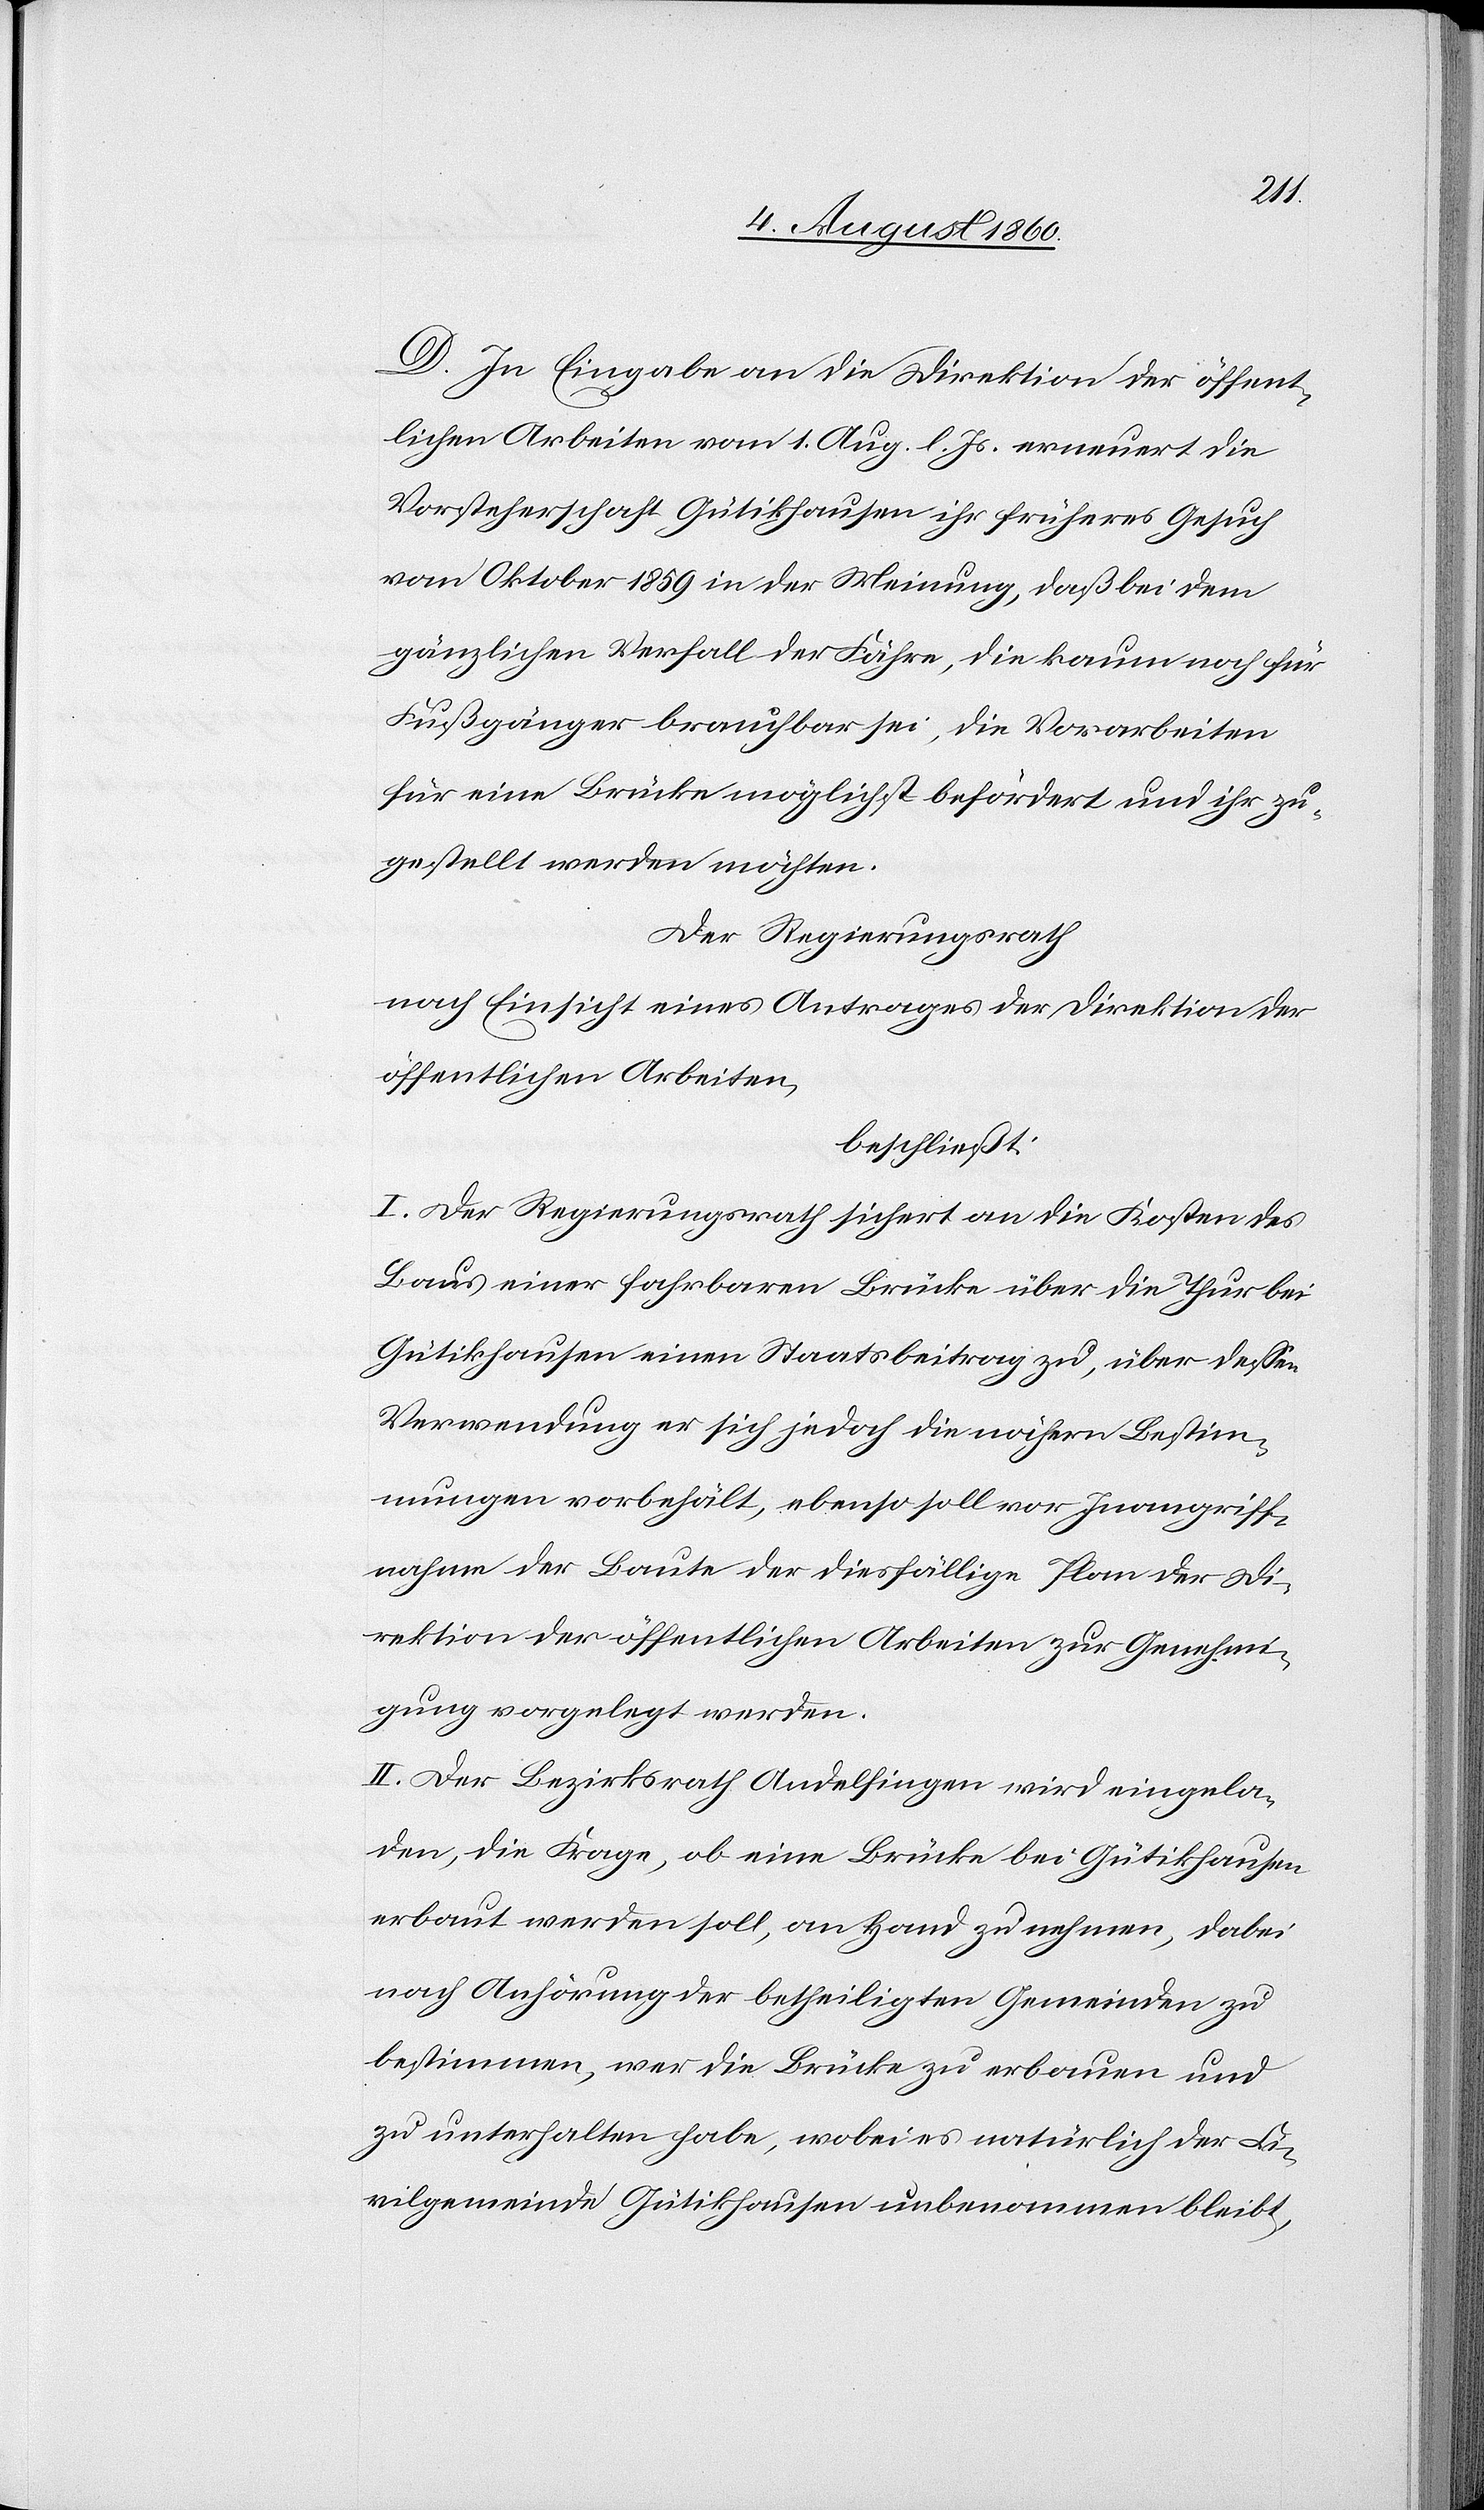
D. In Eingabe an die Direktion der öffent¬
lichen Arbeiten vom 1. August l. Js. erneuert die
Vorsteherschaft Gütikhausen ihr früheres Gesuch
vom Weinmonat 1859 in der Meinung, dass bei dem
gänzlichen Verfall der Fähre, die kaum noch für
Fussgänger brauchbar sei, die Vorarbeiten
für eine Brücke möglichst befördert und ihr zu¬
gestellt werden möchten.
Der Regierungsrath,
nach Einsicht eines Antrages der Direktion der
öffentlichen Arbeiten,
beschließt:
I. Der Regierungsrath sichert an die Kosten des
Baues einer fahrbaren Brücke über die Thur bei
Gütikhausen einen Staatsbeitrag zu, über dessen
Verwendung er sich jedoch die nähern Bestim¬
mungen vorbehält, ebenso soll vor Inangriff¬
nahme der Baute der diesfällige Plan der Di¬
rektion der öffentlichen Arbeiten zur Genehmi¬
gung vorgelegt werden.
II. Der Bezirksrath Andelfingen wird eingela¬
den, die Frage, ob eine Brücke bei Gütikhausen
erbaut werden soll, an Hand zu nehmen, dabei
nach Anhörung der betheiligten Gemeinden zu
bestimmen, wer die Brücke zu erbauen und
zu unterhalten habe, wobei es natürlich der Ci¬
vilgemeinde Gütikhausen unbenommen bleibt,